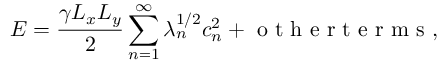
E = \frac { \gamma L _ { x } L _ { y } } { 2 } \sum _ { n = 1 } ^ { \infty } \lambda _ { n } ^ { 1 / 2 } c _ { n } ^ { 2 } + \mathrm { ~ o ~ t ~ h ~ e ~ r ~ t ~ e ~ r ~ m ~ s ~ } ,